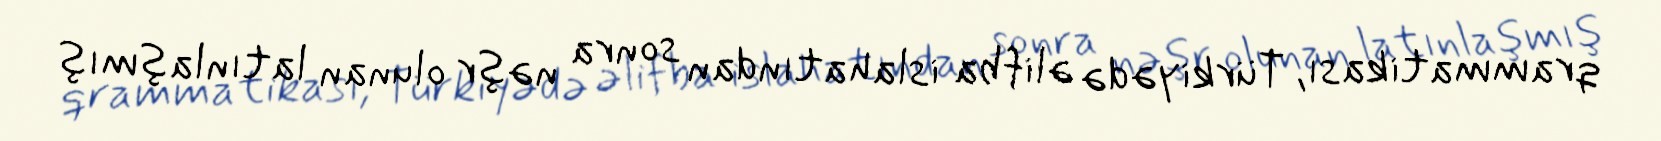
qrammatikası, Türkiyədə əlifba islahatından sonra nəşr olunan latınlaşmış